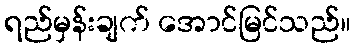
ရည်မှန်းချက် အောင်မြင်သည်။